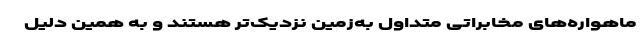
ماهواره‌های مخابراتی متداول به‌زمین نزدیک‌تر هستند و به همین دلیل